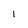
Character: l